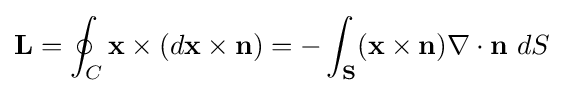
\mathbf {L} =\oint _{C}\mathbf {x} \times (d\mathbf {x} \times \mathbf {n} )=-\int _{\mathbf {S} }(\mathbf {x} \times \mathbf {n} )\nabla \cdot \mathbf {n} \ dS